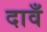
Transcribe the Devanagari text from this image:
दावँ